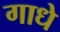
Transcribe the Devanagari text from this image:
गाधे